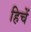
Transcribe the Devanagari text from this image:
हिचें